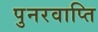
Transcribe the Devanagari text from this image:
पुनरवाप्ति